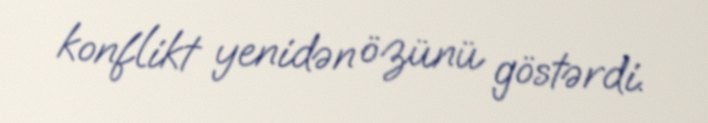
konflikt yenidən özünü göstərdi.